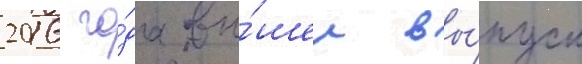
2016 го́да вы́шел вы́пуск